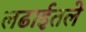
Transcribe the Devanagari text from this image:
लढाईतले